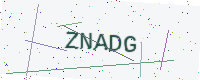
Text: ZNADG